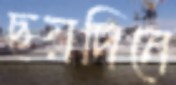
ছয়দিনে